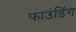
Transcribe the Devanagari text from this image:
फाउंडिंग